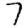
Digit: 7